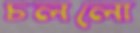
চললো